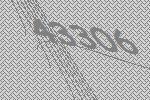
43306